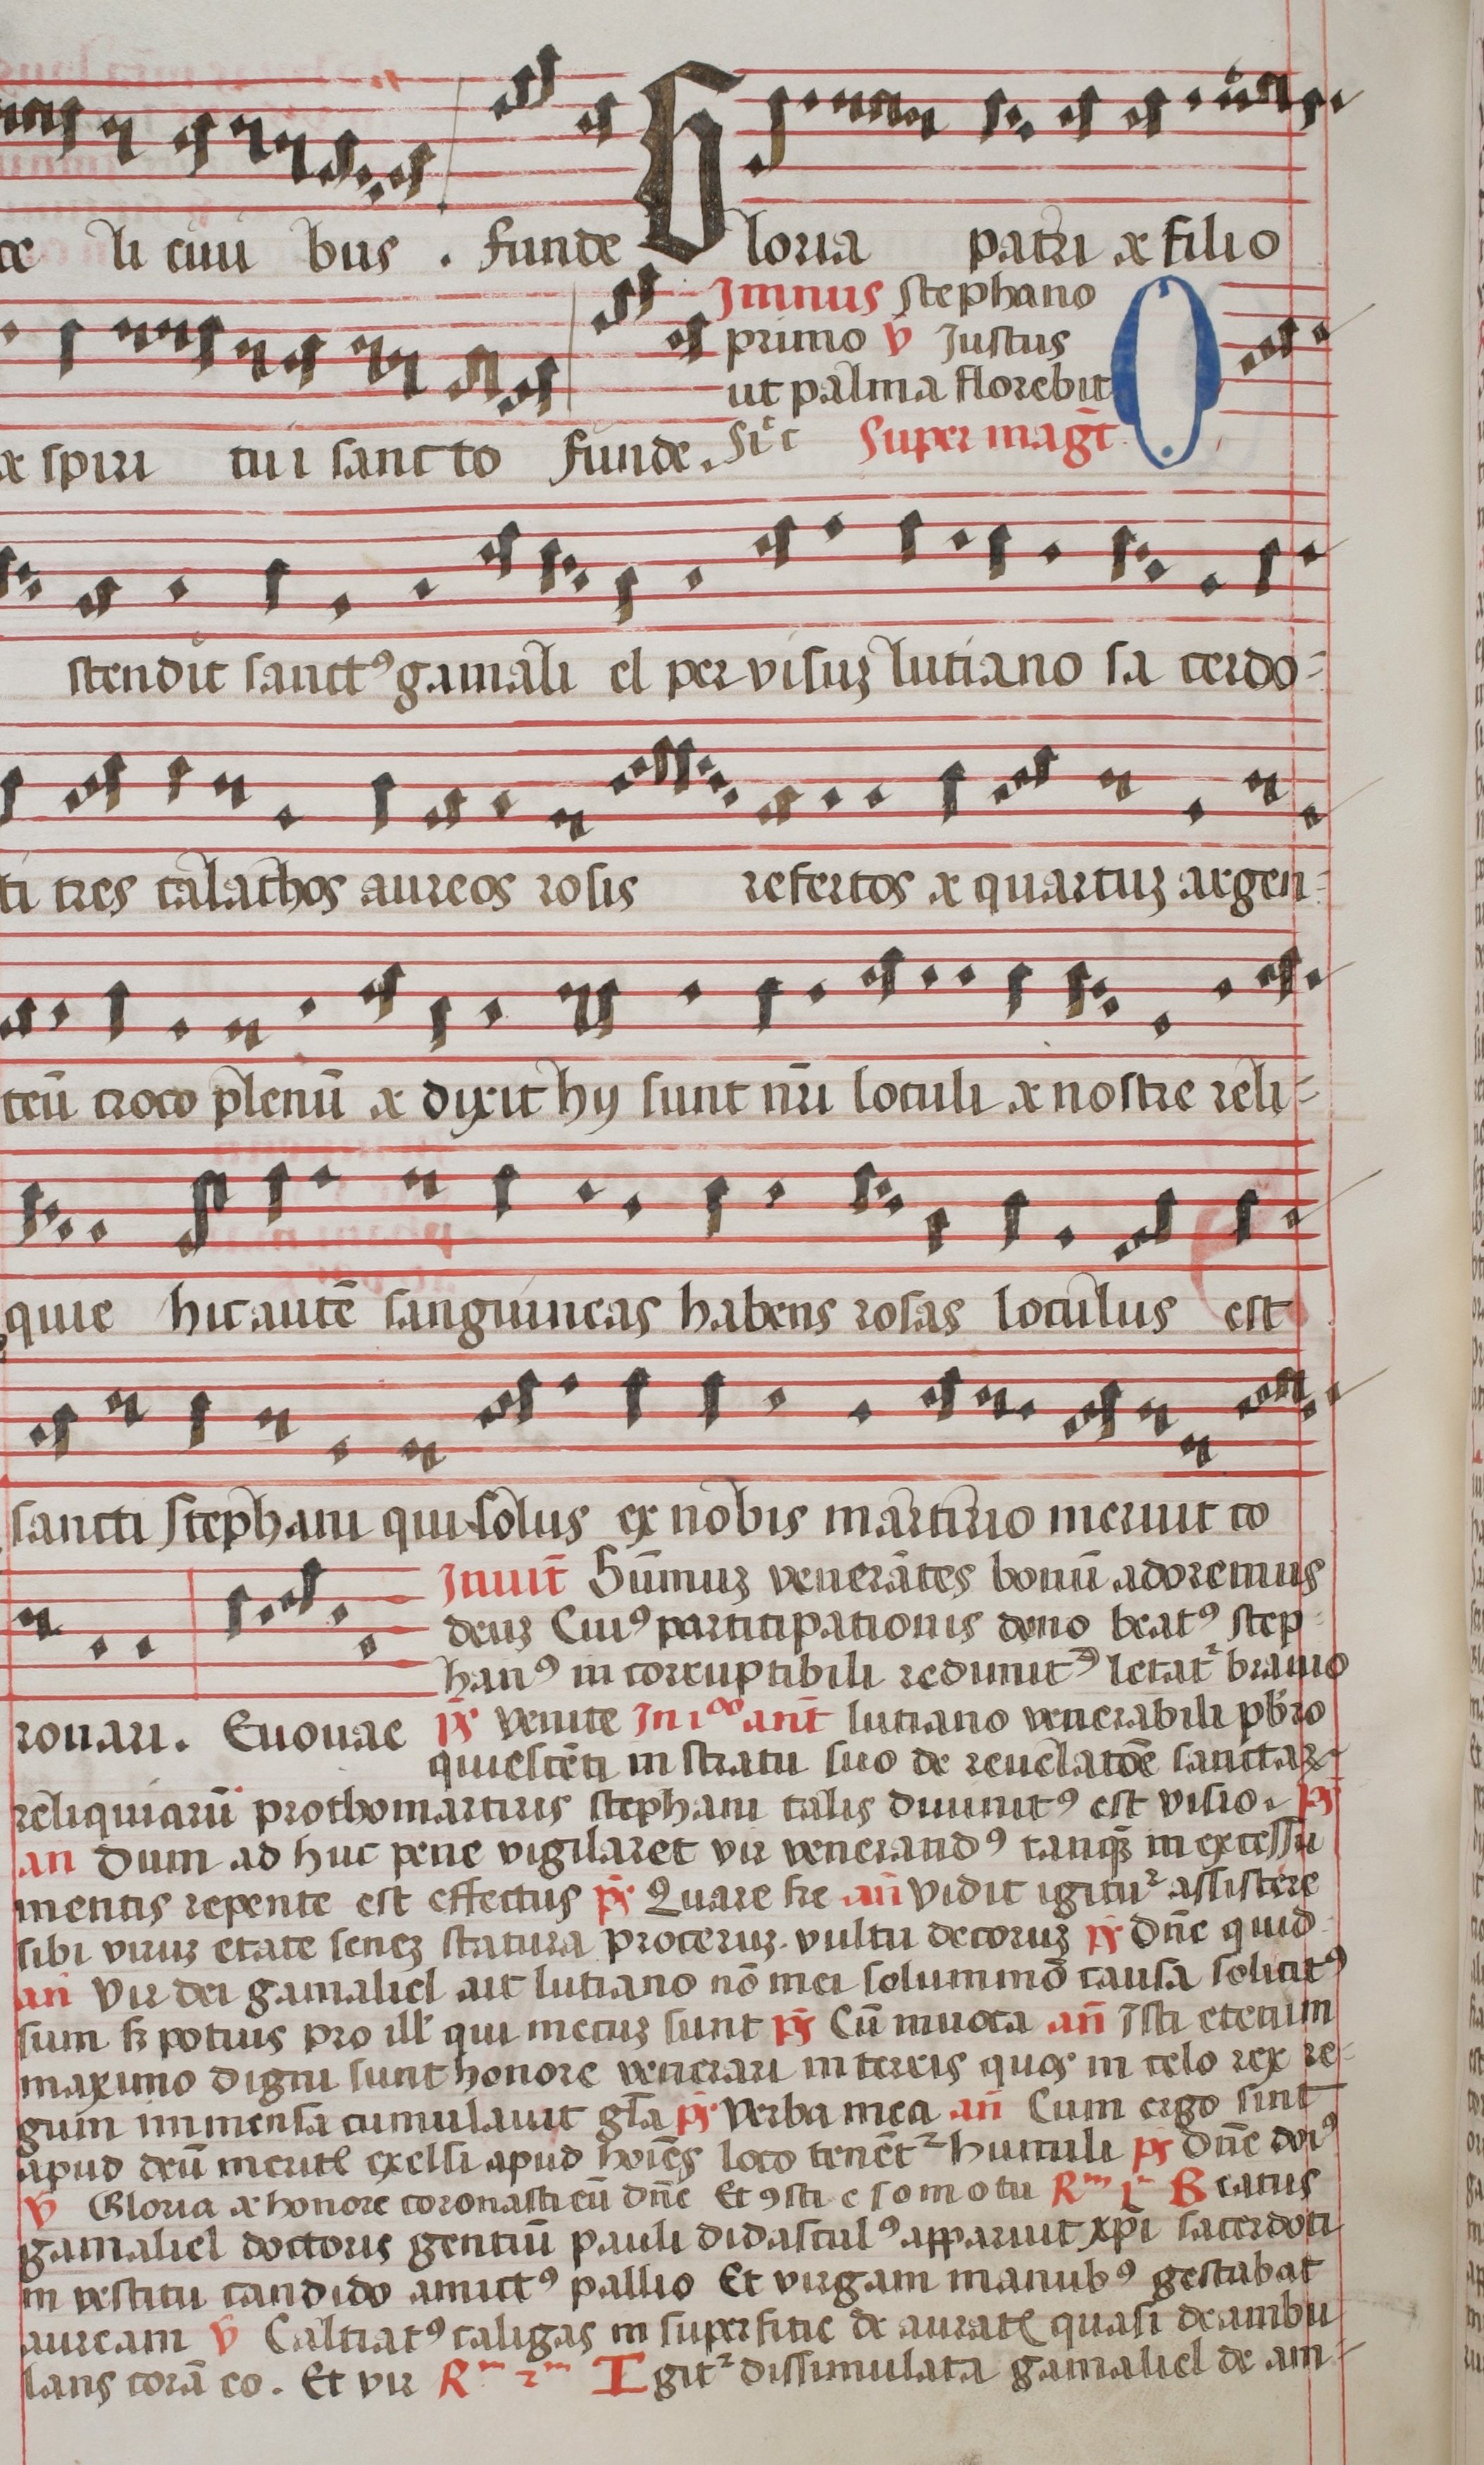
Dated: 1544–1544